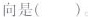
向是()。